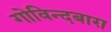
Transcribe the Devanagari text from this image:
गोविन्दबाग़